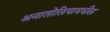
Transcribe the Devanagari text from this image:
अनातोलियामधील